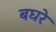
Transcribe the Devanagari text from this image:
बघरे